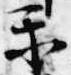
楽